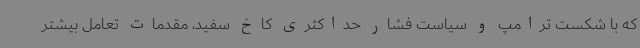
که با شکست ترامپ و سیاست فشار حداکثری کاخ سفید، مقدمات تعامل بیشتر